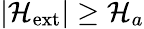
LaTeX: |\mathcal{H}_{\mathrm{{ext}}}|\geq\mathcal{H}_{a}